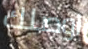
اوصلك